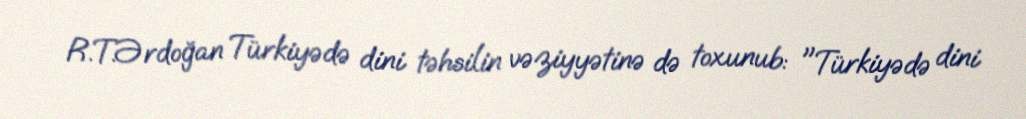
R.T.Ərdoğan Türkiyədə dini təhsilin vəziyyətinə də toxunub: "Türkiyədə dini